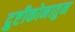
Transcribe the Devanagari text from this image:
द्रुष्टीकोनातुन